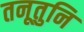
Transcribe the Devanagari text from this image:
तनूतुनि